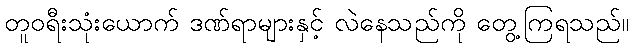
တူဝရီးသုံးယောက် ဒဏ်ရာများနှင့် လဲနေသည်ကို တွေ့ကြရသည်။